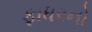
ફાધરનો